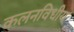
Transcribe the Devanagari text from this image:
कलनविधीय